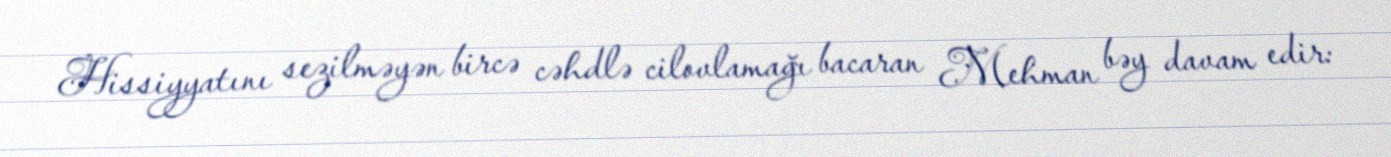
Hissiyyatını sezilməyən bircə cəhdlə cilovlamağı bacaran Mehman bəy davam edir: